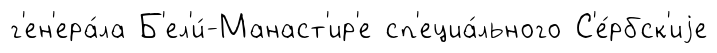
г'ен'ера́ла Б'ел'и́-Манаст'ир'е сп'ециа́льного С'е́рбск'иjе